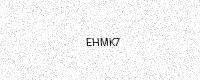
Text: EHMK7